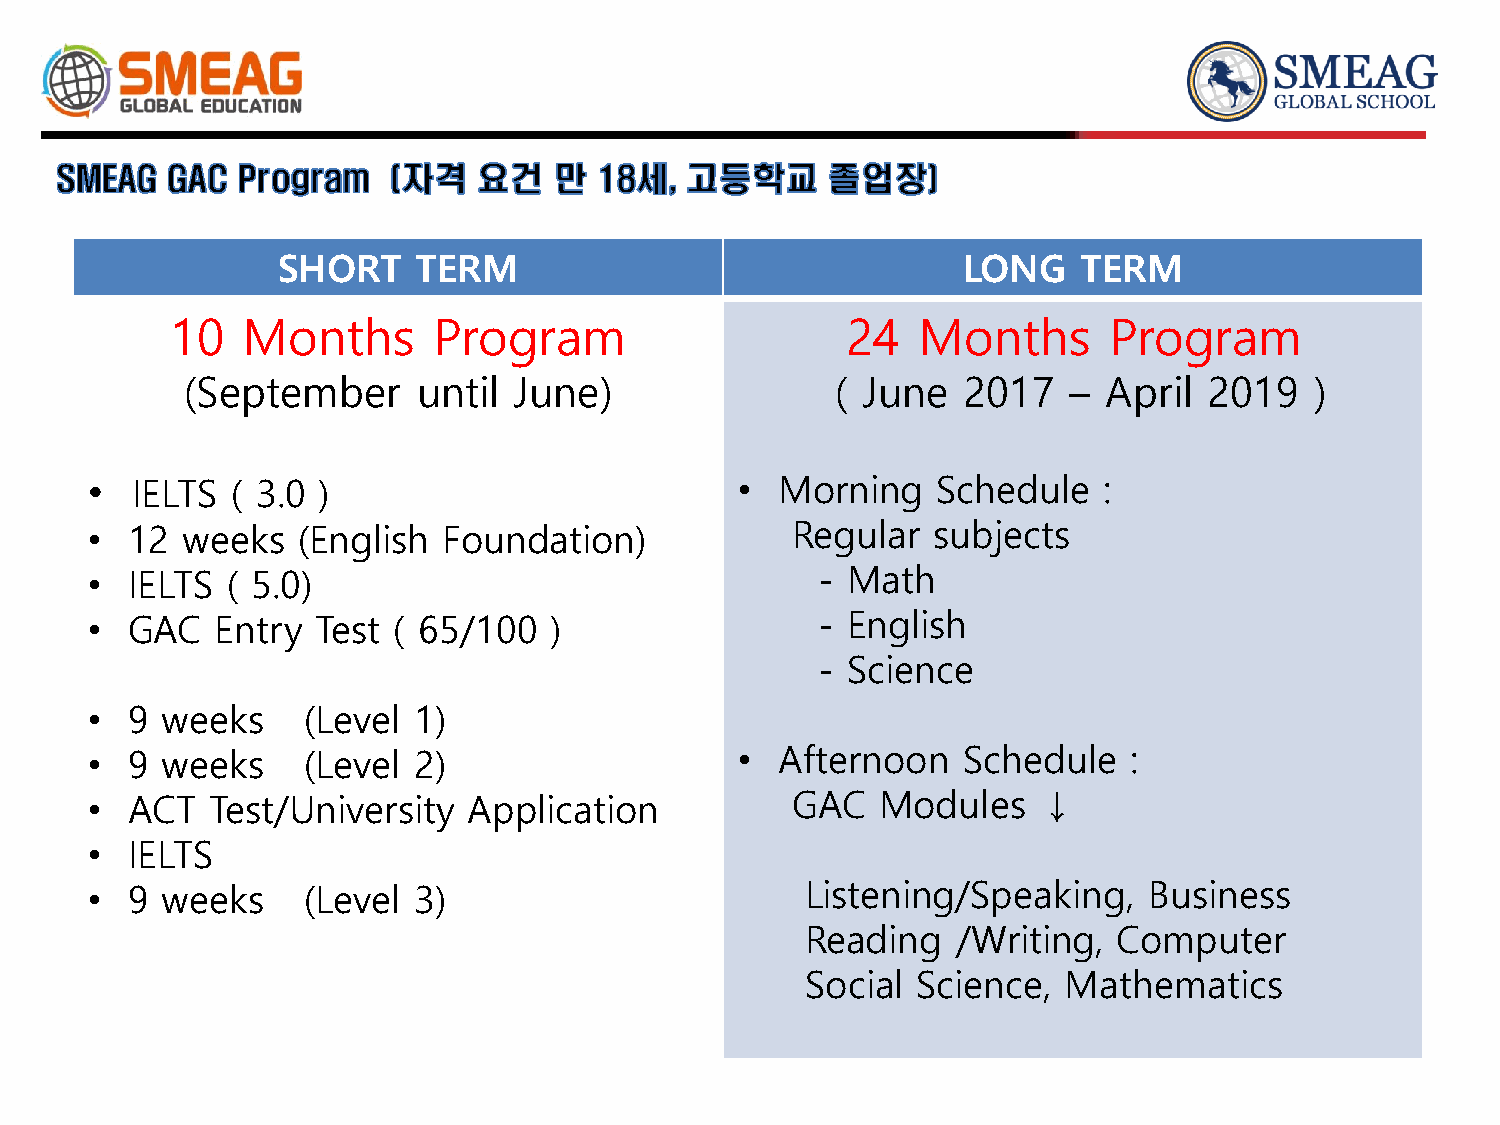
SHORT     TERM                                LONG    TERM
 10   Months       Program                    24   Months      Program
 (September      until June)                ( June   2017   – April  2019   )
 •  IELTS ( 3.0 )                           •  Morning   Schedule   :
 • 12  weeks   (English Foundation)            Regular   subjects
 • IELTS  ( 5.0)                                 - Math
 • GAC   Entry  Test ( 65/100  )                 - English
 - Science
 • 9  weeks    (Level 1)
 • 9  weeks    (Level 2)                    •  Afternoon   Schedule   :
 • ACT   Test/University  Application          GAC   Modules    ↓
 • IELTS
 • 9  weeks    (Level 3)                        Listening/Speaking,    Business
 Reading   /Writing,  Computer
 Social  Science,  Mathematics